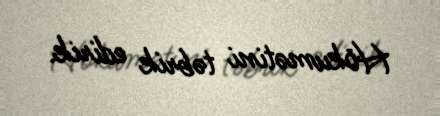
Hökumətini təbrik edirik.